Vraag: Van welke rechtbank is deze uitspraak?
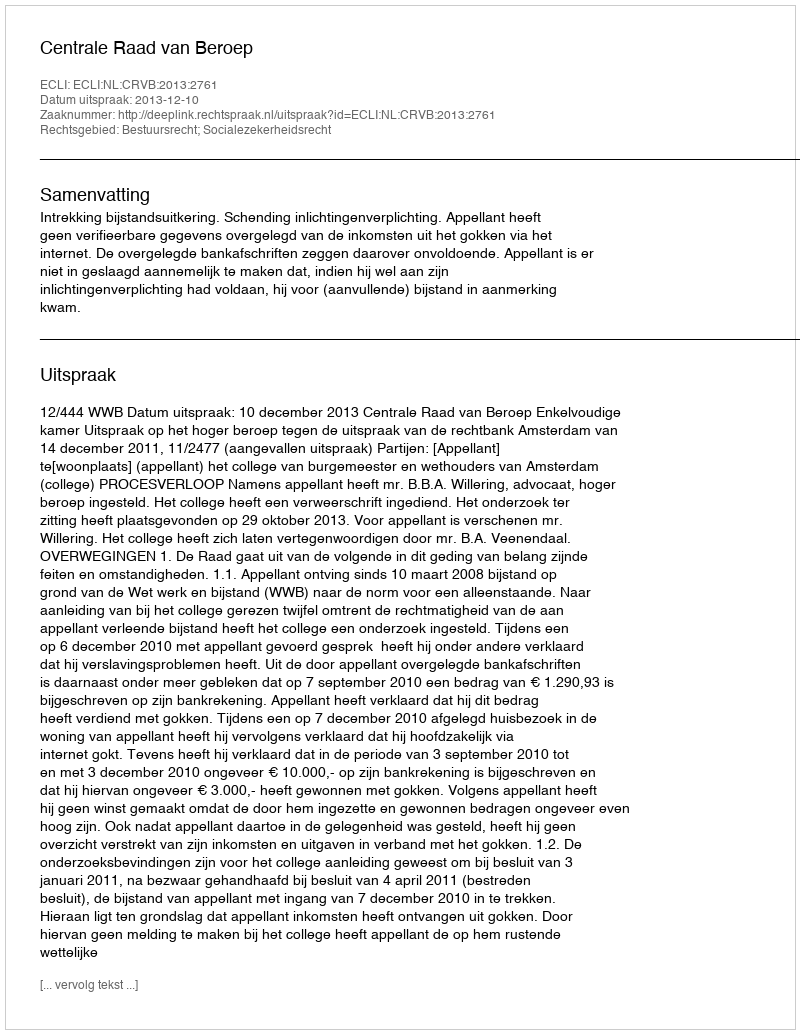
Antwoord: Centrale Raad van Beroep